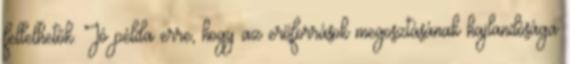
fellelhetők. Jó példa erre, hogy az erőforrások megosztásának hajlandósága